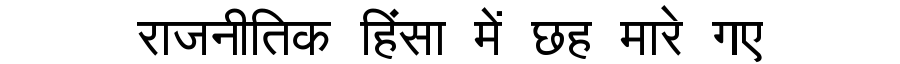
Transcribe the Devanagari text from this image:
राजनीतिक हिंसा में छह मारे गए